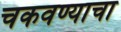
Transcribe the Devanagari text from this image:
चकवण्याचा